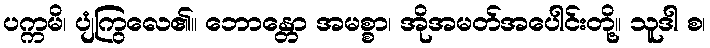
ပက္ကမိ၊ ပျံကြွလေ၏။ ဘောန္တော အမစ္စာ၊ အိုအမတ်အပေါင်းတို့။ သူဒါ စ၊